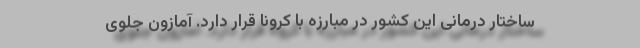
ساختار درمانی این کشور در مبارزه با کرونا قرار دارد. آمازون جلوی